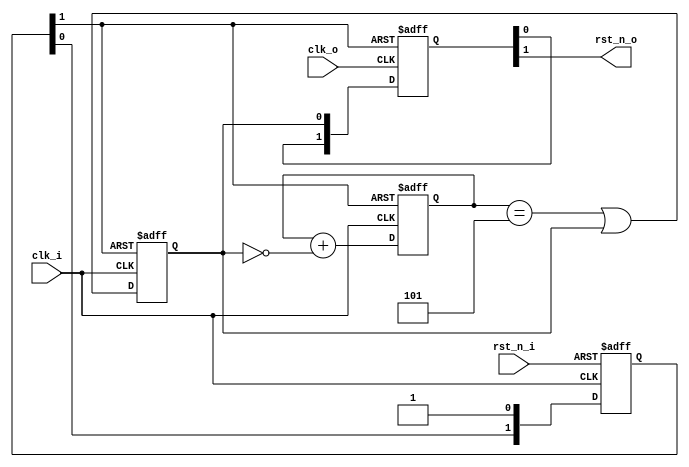
//////////////////////////////////////////////////////////////////////////////
//                                                                          //
//  reset signal debouncing and synchronization                             //
//                                                                          //
//  Copyright (C) 2010  Iztok Jeras                                         //
//                                                                          //
//////////////////////////////////////////////////////////////////////////////
//                                                                          //
//  This RTL is free hardware: you can redistribute it and/or modify        //
//  it under the terms of the GNU Lesser General Public License             //
//  as published by the Free Software Foundation, either                    //
//  version 3 of the License, or (at your option) any later version.        //
//                                                                          //
//  This RTL is distributed in the hope that it will be useful,             //
//  but WITHOUT ANY WARRANTY; without even the implied warranty of          //
//  MERCHANTABILITY or FITNESS FOR A PARTICULAR PURPOSE.  See the           //
//  GNU General Public License for more details.                            //
//                                                                          //
//  You should have received a copy of the GNU General Public License       //
//  along with this program.  If not, see <http://www.gnu.org/licenses/>.   //
//                                                                          //
//////////////////////////////////////////////////////////////////////////////

module reset #(
  parameter SW = 2,          // synchronizer width 
  parameter LN = 5,          // counter length
  parameter CW = $clog2(LN)  // counter width 
)(
  input  wire clk_i,         // clock input
  input  wire clk_o,         // clock output
  input  wire rst_n_i,       // asynchronous active low reset input
  output wire rst_n_o        //  synchronous active low reset output
);

// local signals
reg  [SW-1:0] syn_i;
wire          rst_s_i;
reg  [CW-1:0] cnt;
reg           ful;
reg  [SW-1:0] syn_o;


// input clock synchronization
always @ (posedge clk_i, negedge rst_n_i)
if (~rst_n_i)  syn_i <= {SW{1'b0}};
else           syn_i <= {syn_i[SW-2:0], 1'b1};

// input clock synchronized reset
assign rst_s_i = syn_i[SW-1];

// counter
always @ (posedge clk_i, negedge rst_s_i)
if (~rst_s_i)  cnt <= {CW{1'b0}};
else           cnt <= cnt + {{CW-1{1'b0}}, ~ful};

// counter full
always @ (posedge clk_i, negedge rst_s_i)
if (~rst_s_i)  ful <= 1'b0;
else           ful <= (cnt==LN) | ful;

// output clock synchronization
always @ (posedge clk_o, negedge rst_s_i)
if (~rst_s_i)  syn_o <= {SW{1'b0}};
else           syn_o <= {syn_o[SW-2:0], ful};

// output clock synchronized reset
assign rst_n_o = syn_o[SW-1];

endmodule